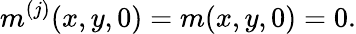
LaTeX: m^{(j)}(x,y,0)=m(x,y,0)=0.